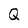
Character: Q